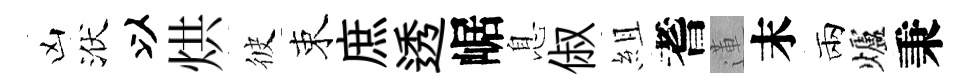
凶洑以烘彼束庶透崌息俶組耆蓮末兩爐秉